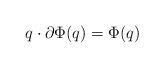
LaTeX: \begin{align*} q\cdot\partial\Phi(q)=\Phi(q)\end{align*}